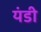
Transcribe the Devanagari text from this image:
यंडी